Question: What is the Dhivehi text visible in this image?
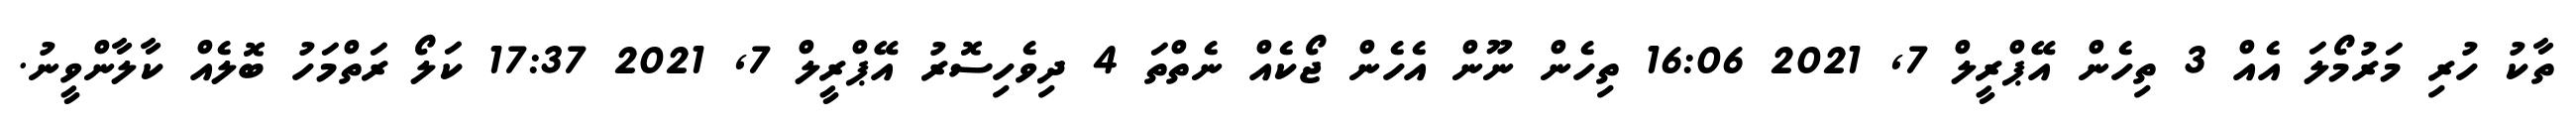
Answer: ތާކު ހުރި މަރުމޯލަ އެއް 3 ތިހެން އޭޕްރީލް 7, 2021 16:06 ތިހެން ނޫން އެހެން ޖޯކެއް ނެތްތަ 4 ދިވެހިސޮރު އޭޕްރީލް 7, 2021 17:37 ކަލޯ ރަތްމަހު ބޮލެއް ކާލާންވީނު.